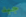
جيد